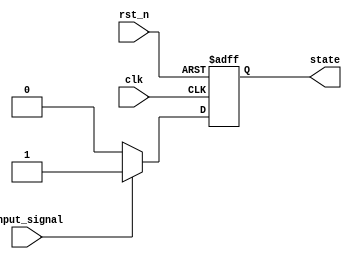
module fsm_example (
    input wire clk,        // Clock signal
    input wire rst_n,     // Active low reset
    input wire input_signal, // Input signal to trigger state change
    output reg state       // Current state output
);

    // State encoding
    parameter IDLE = 1'b0;
    parameter ACTIVE = 1'b1;

    // Initial state
    initial begin
        state = IDLE;
    end

    // Event control block
    always @(posedge clk or negedge rst_n) begin
        if (!rst_n) begin
            // Reset state
            state <= IDLE;
        end else begin
            // State transitions
            case (state)
                IDLE: begin
                    if (input_signal) begin
                        state <= ACTIVE; // Transition to ACTIVE state
                    end
                end
                ACTIVE: begin
                    if (!input_signal) begin
                        state <= IDLE;   // Transition back to IDLE state
                    end
                end
                default: state <= IDLE; // Default to IDLE
            endcase
        end
    end

endmodule